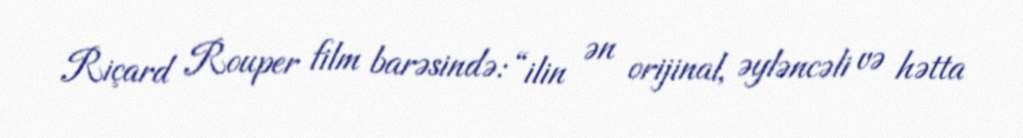
Riçard Rouper film barəsində: “ilin ən orijinal, əyləncəli və hətta